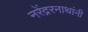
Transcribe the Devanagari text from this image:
नरेंद्ररनाथांनी